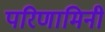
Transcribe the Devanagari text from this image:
परिणामिनी